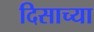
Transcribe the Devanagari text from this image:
दिसाच्या